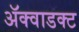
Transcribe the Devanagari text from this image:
ॲक्वाडक्ट